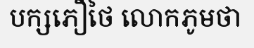
បក្សភឿថៃ លោកភូមថា